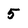
Character: 5